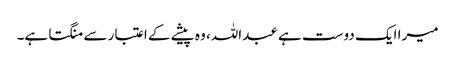
میرا ایک دوست ہے عبداللہ، وہ پیشے کے اعتبار سے منگتا ہے۔